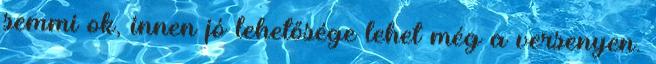
semmi ok, innen jó lehetősége lehet még a versenyen.